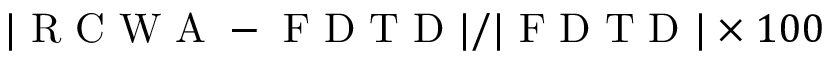
| \mathrm { ~ R ~ C ~ W ~ A ~ } - \mathrm { ~ F ~ D ~ T ~ D ~ } | / | \mathrm { ~ F ~ D ~ T ~ D ~ } | \times 1 0 0 \